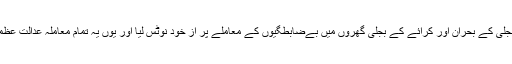
اس موقع پر سپریم کورٹ نے بجلی کے بحران اور کرائے کے بجلی گھروں میں بےضابطگیوں کے معاملے پر از خود نوٹس لیا اور یوں یہ تمام معاملہ عدالت عظمیٰ کے سامنے پیش کر دیا گیا۔